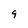
Character: 9